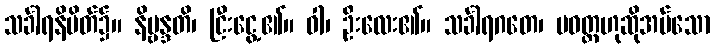
သင်္ခါရနိမိတ်၌။ နိဗ္ဗန္ဒတိ၊ ငြီးငွေ့၏။ ဝါ၊ ဦးလေး၏။ သင်္ခါရဂတေ၊ ပဝတ္တဟုဆိုအပ်သော